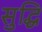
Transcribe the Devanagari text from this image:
सुद्धि